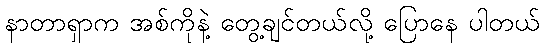
နာတာရှာက အစ်ကိုနဲ့ တွေ့ချင်တယ်လို့ ပြောနေ ပါတယ်